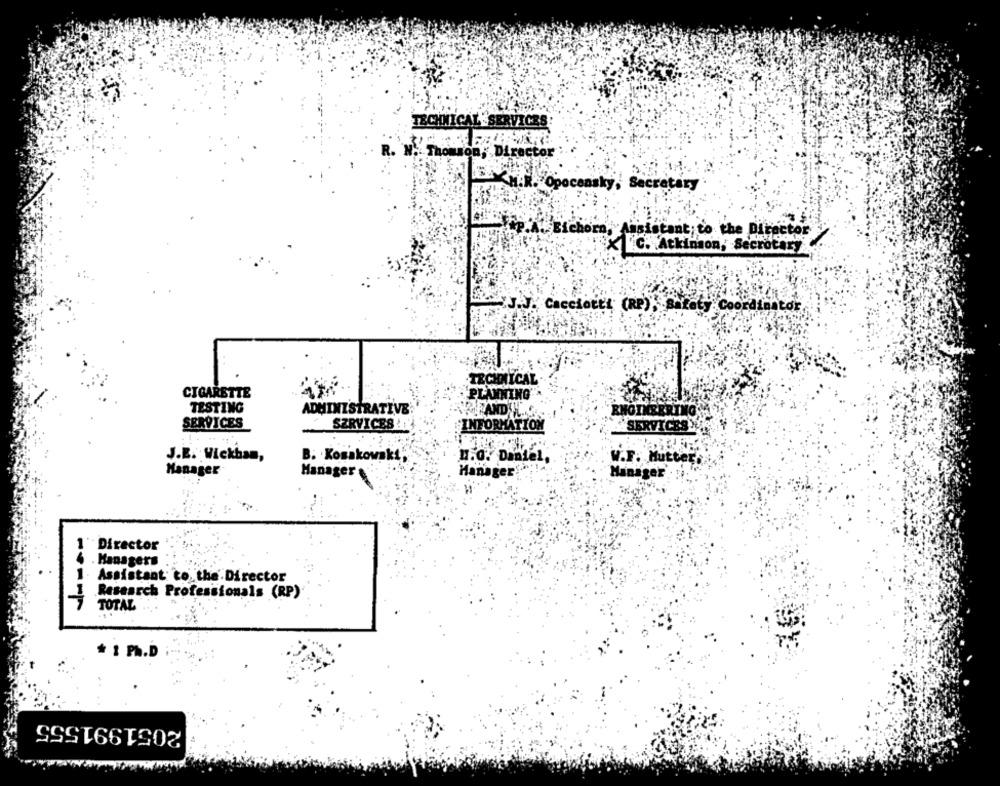
TECHNICAL SERVICES
N. Thomson, Director
Secretary
chori
Assistant to the Director
C. Atkinson, Secrotary
Coor
TECHNICAL
CIGARETTE
PLANNING
TESTING
ADMINISTRATIVE
LEAND . S.
ENGINEERING
SERVICES !
SERVICES
INFORMATION
"SERVICESY
J.E. Wickham,
B. Kosakowakt
1.0. Daniel
W.F. Mutter
Manager
Hanager'
Manager &
Manager
Director
4 . Managers
1. Assistant: co the Director
1 Research Professionals (RP)
TOTAL
* 1 Ph.D
2051991555